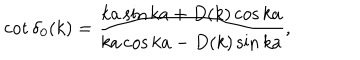
\cot \delta _ { 0 } ( k ) = \frac { k a \sin k a + D ( k ) \cos k a } { k a \cos k a - D ( k ) \sin k a } ,